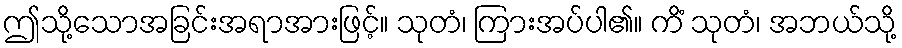
ဤသို့သောအခြင်းအရာအားဖြင့်။ သုတံ၊ ကြားအပ်ပါ၏။ ကိံ သုတံ၊ အဘယ်သို့